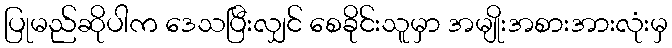
ပြုမည်ဆိုပါက ဒေသပြီးလျှင် စေခိုင်းသူမှာ အမျိုးအစားအားလုံးမှ